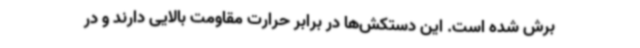
برش شده است. این دستکش‌ها در برابر حرارت مقاومت بالایی دارند و در